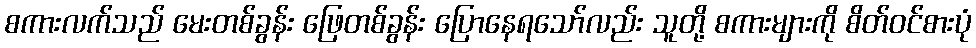
စကားလက်သည် မေးတစ်ခွန်း ဖြေတစ်ခွန်း ပြောနေရသော်လည်း သူတို့ စကားများကို စိတ်ဝင်စားပုံ